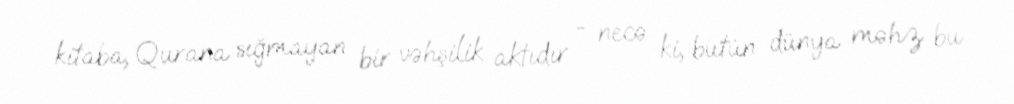
kitaba, Qurana sığmayan bir vəhşilik aktıdır - necə ki, bütün dünya məhz bu